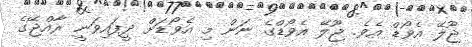
ޖޫލޭ އެވޯޑް އެވެ. ޖޫލޭ އެވޯޑްގެ ނަން މި އެވޯޑަށް ދީފައިވަނީ ރާއްޖޭގެ